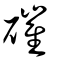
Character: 磪